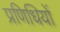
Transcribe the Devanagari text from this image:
प्रणिधियों